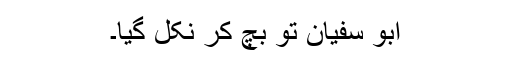
ابو سفیان تو بچ کر نکل گیا۔